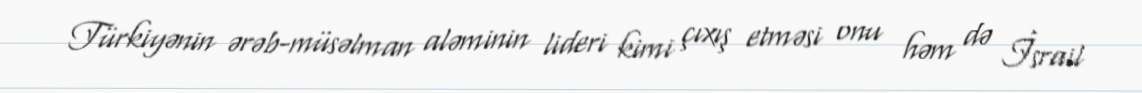
Türkiyənin ərəb-müsəlman aləminin lideri kimi çıxış etməsi onu həm də İsrail